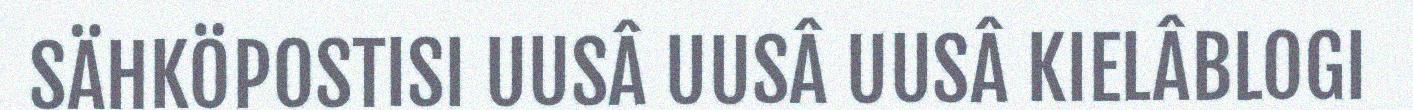
SÄHKÖPOSTISI UUSÂ UUSÂ UUSÂ KIELÂBLOGI